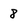
Character: 8